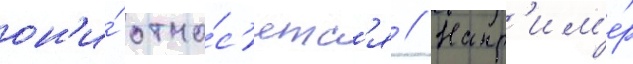
он'и́ отно́с'ятс'я // Напр'им'е́р